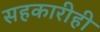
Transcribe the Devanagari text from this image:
सहकारीही